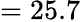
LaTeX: =25.7